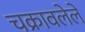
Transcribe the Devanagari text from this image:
चक्रावलेले